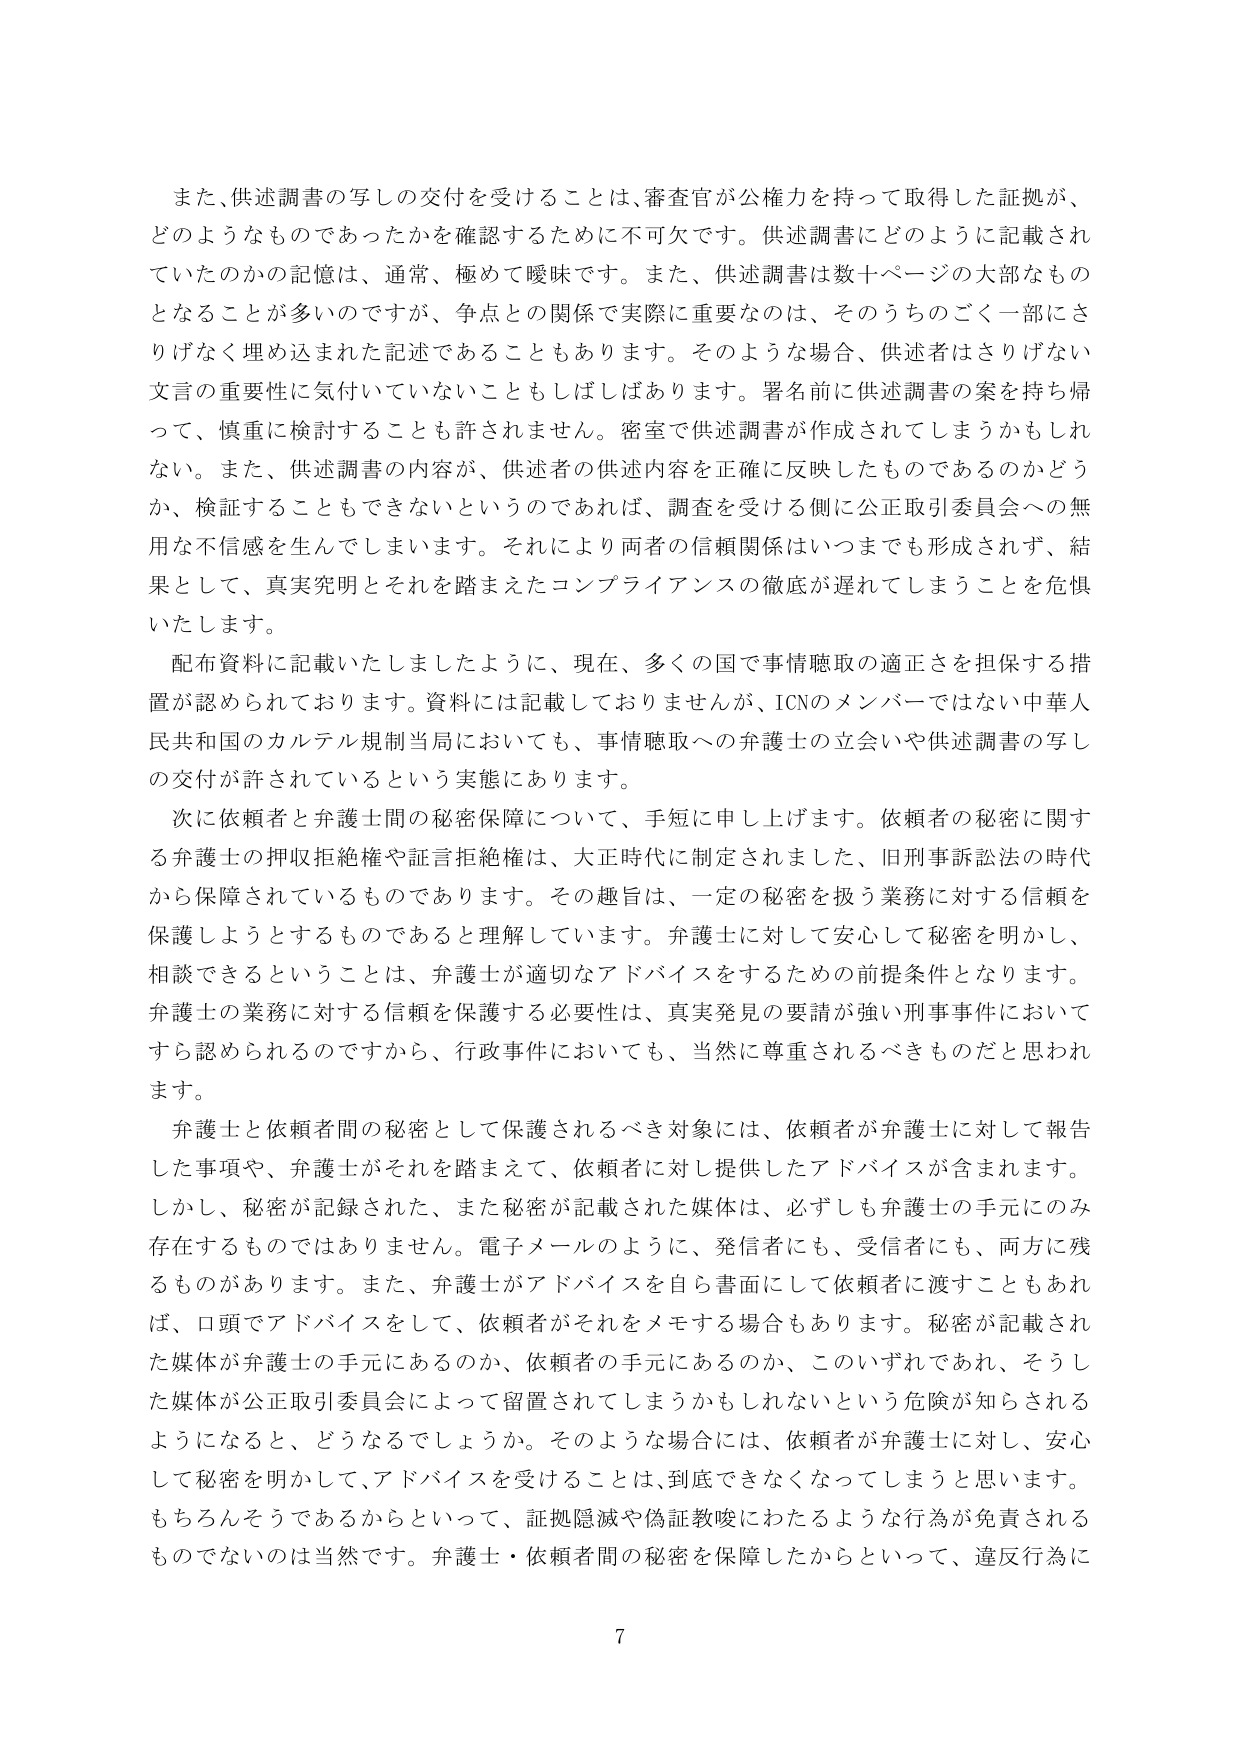
また、供述調書の写しの交付を受けることは、審査官が公権力を持って取得した証拠が、どのようなものであったかを確認するために不可欠です。供述調書にどのように記載されていたのかの記憶は、通常、極めて曖昧です。また、供述調書は数十ページの大部なものとなることが多いのですが、争点との関係で実際に重要なのは、そのうちのごく一部にさりげなく埋め込まれた記述であることもあります。そのような場合、供述者はさりげない文言の重要性に気付いていないこともしばしばあります。署名前に供述調書の案を持ち帰って、慎重に検討することも許されません。密室で供述調書が作成されてしまうかもしれません。また、供述調書の内容が、供述者の供述内容を正確に反映したものであるのかどうか、検証することもできないというのであれば、調査を受ける側に公正取引委員会への無用な不信感を生んでしまいます。それにより両者の信頼関係はいつまでも形成されず、結果として、真実究明とそれを踏まえたコンプライアンスの徹底が遅れてしまうことを危惧いたします。

配布資料に記載いたしましたように、現在、多くの国で事情聴取の適正さを担保する措置が認められております。資料には記載しておりませんが、ICNのメンバーではない中華人民共和国のカルテル規制当局においても、事情聴取への弁護士の立会いや供述調書の写しの交付が許されているという実態にあります。

次に依頼者と弁護士間の秘密保障について、手短に申し上げます。依頼者の秘密に関する弁護士の押収拒絶権や証言拒絶権は、大正時代に制定されました、旧刑事訴訟法の時代から保障されているものであります。その趣旨は、一定の秘密を扱う業務に対する信頼を保護しようとするものであると理解しています。弁護士に対して安心して秘密を明かし、相談できるということは、弁護士が適切なアドバイスをするための前提条件となります。弁護士の業務に対する信頼を保護する必要性は、真実発見の要請が強い刑事事件においてすら認められるのですから、行政事件においても、当然に尊重されるべきものだと思われます。

弁護士と依頼者間の秘密として保護されるべき対象には、依頼者が弁護士に対して報告した事項や、弁護士がそれを踏まえて、依頼者に対し提供したアドバイスが含まれます。しかし、秘密が記録された、また秘密が記載された媒体は、必ずしも弁護士の手元にのみ存在するものではありません。電子メールのように、発信者にも、受信者にも、両方に残るものがあります。また、弁護士がアドバイスを自ら書面にして依頼者に渡すこともあれば、口頭でアドバイスをして、依頼者がそれをメモする場合もあります。秘密が記載された媒体が弁護士の手元にあるのか、依頼者の手元にあるのか、このいずれであれ、そうした媒体が公正取引委員会によって留置されてしまうかもしれないという危険が知らされるようになると、どうなるでしょうか。そのような場合には、依頼者が弁護士に対し、安心して秘密を明かして、アドバイスを受けることは、到底できなくなってしまうと思います。もちろんそうであるからといって、証拠隠滅や偽証教唆にわたるような行為が免責されるものでないのは当然です。弁護士・依頼者間の秘密を保障したからといって、違反行為に

7